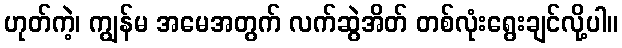
ဟုတ်ကဲ့၊ ကျွန်မ အမေအတွက် လက်ဆွဲအိတ် တစ်လုံးရွေးချင်လို့ပါ။